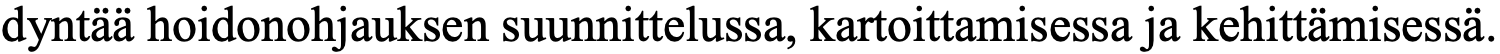
dyntää hoidonohjauksen suunnittelussa, kartoittamisessa ja kehittämisessä.